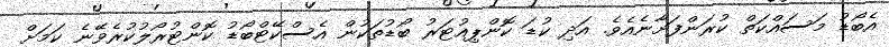
އެބޯޑު މަސައްކަތް ކުރަންފަށާނެއެވެ. އަދި ކުޑަ ކޮންޕިއުޓަރު ބޯޑުތަކުން އެސްކޭޓްބޯޑު ކޮންޓުރޯލުކުރެވޭނެ ކަމަށް